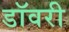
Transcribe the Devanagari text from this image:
डॉवरी